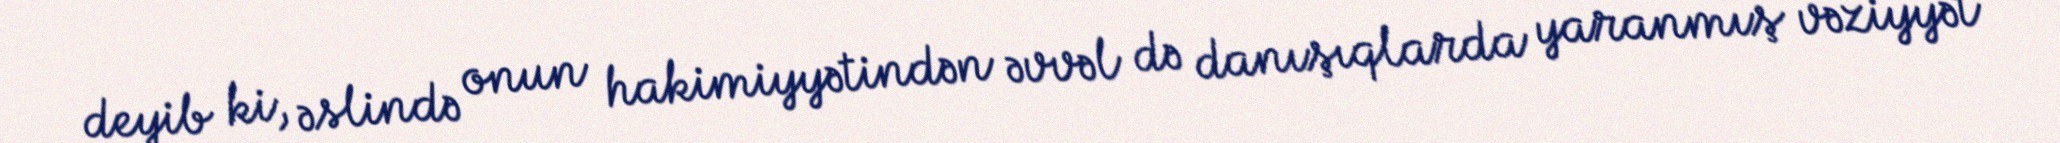
deyib ki, əslində onun hakimiyyətindən əvvəl də danışıqlarda yaranmış vəziyyət